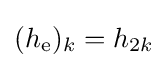
(h_{\mathrm {e} })_{k}=h_{2k}